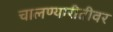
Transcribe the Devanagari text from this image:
चालण्यारीतीवर